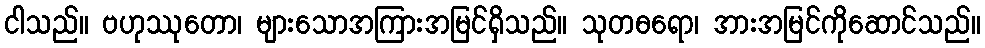
ငါသည်။ ဗဟုဿုတော၊ များသောအကြားအမြင်ရှိသည်။ သုတဓရော၊ အားအမြင်ကိုဆောင်သည်။